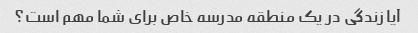
آیا زندگی در یک منطقه مدرسه خاص برای شما مهم است؟